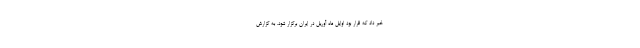
خبر داد که قرار بود اوایل ماه آوریل در ایران برگزار شود. به گزارش